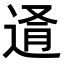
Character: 𨓔